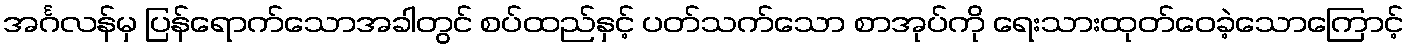
အင်္ဂလန်မှ ပြန်ရောက်သောအခါတွင် စပ်ထည်နှင့် ပတ်သက်သော စာအုပ်ကို ရေးသားထုတ်ဝေခဲ့သောကြောင့်